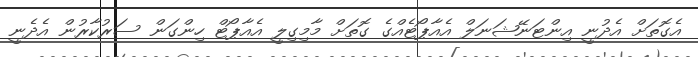
އެގޮތަށް އެދުނީ އިންޓަނޭޝަނަލް އެއާޕޯޓެއްގެ ގޮތަށް މާމިގިލީ އެއާޕޯޓް ހިންގަން ސަރުކާރުން އެދެނީ